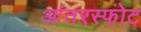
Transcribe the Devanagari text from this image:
आंतरस्फोट